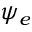
\psi _ { e }